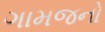
ગામજનો